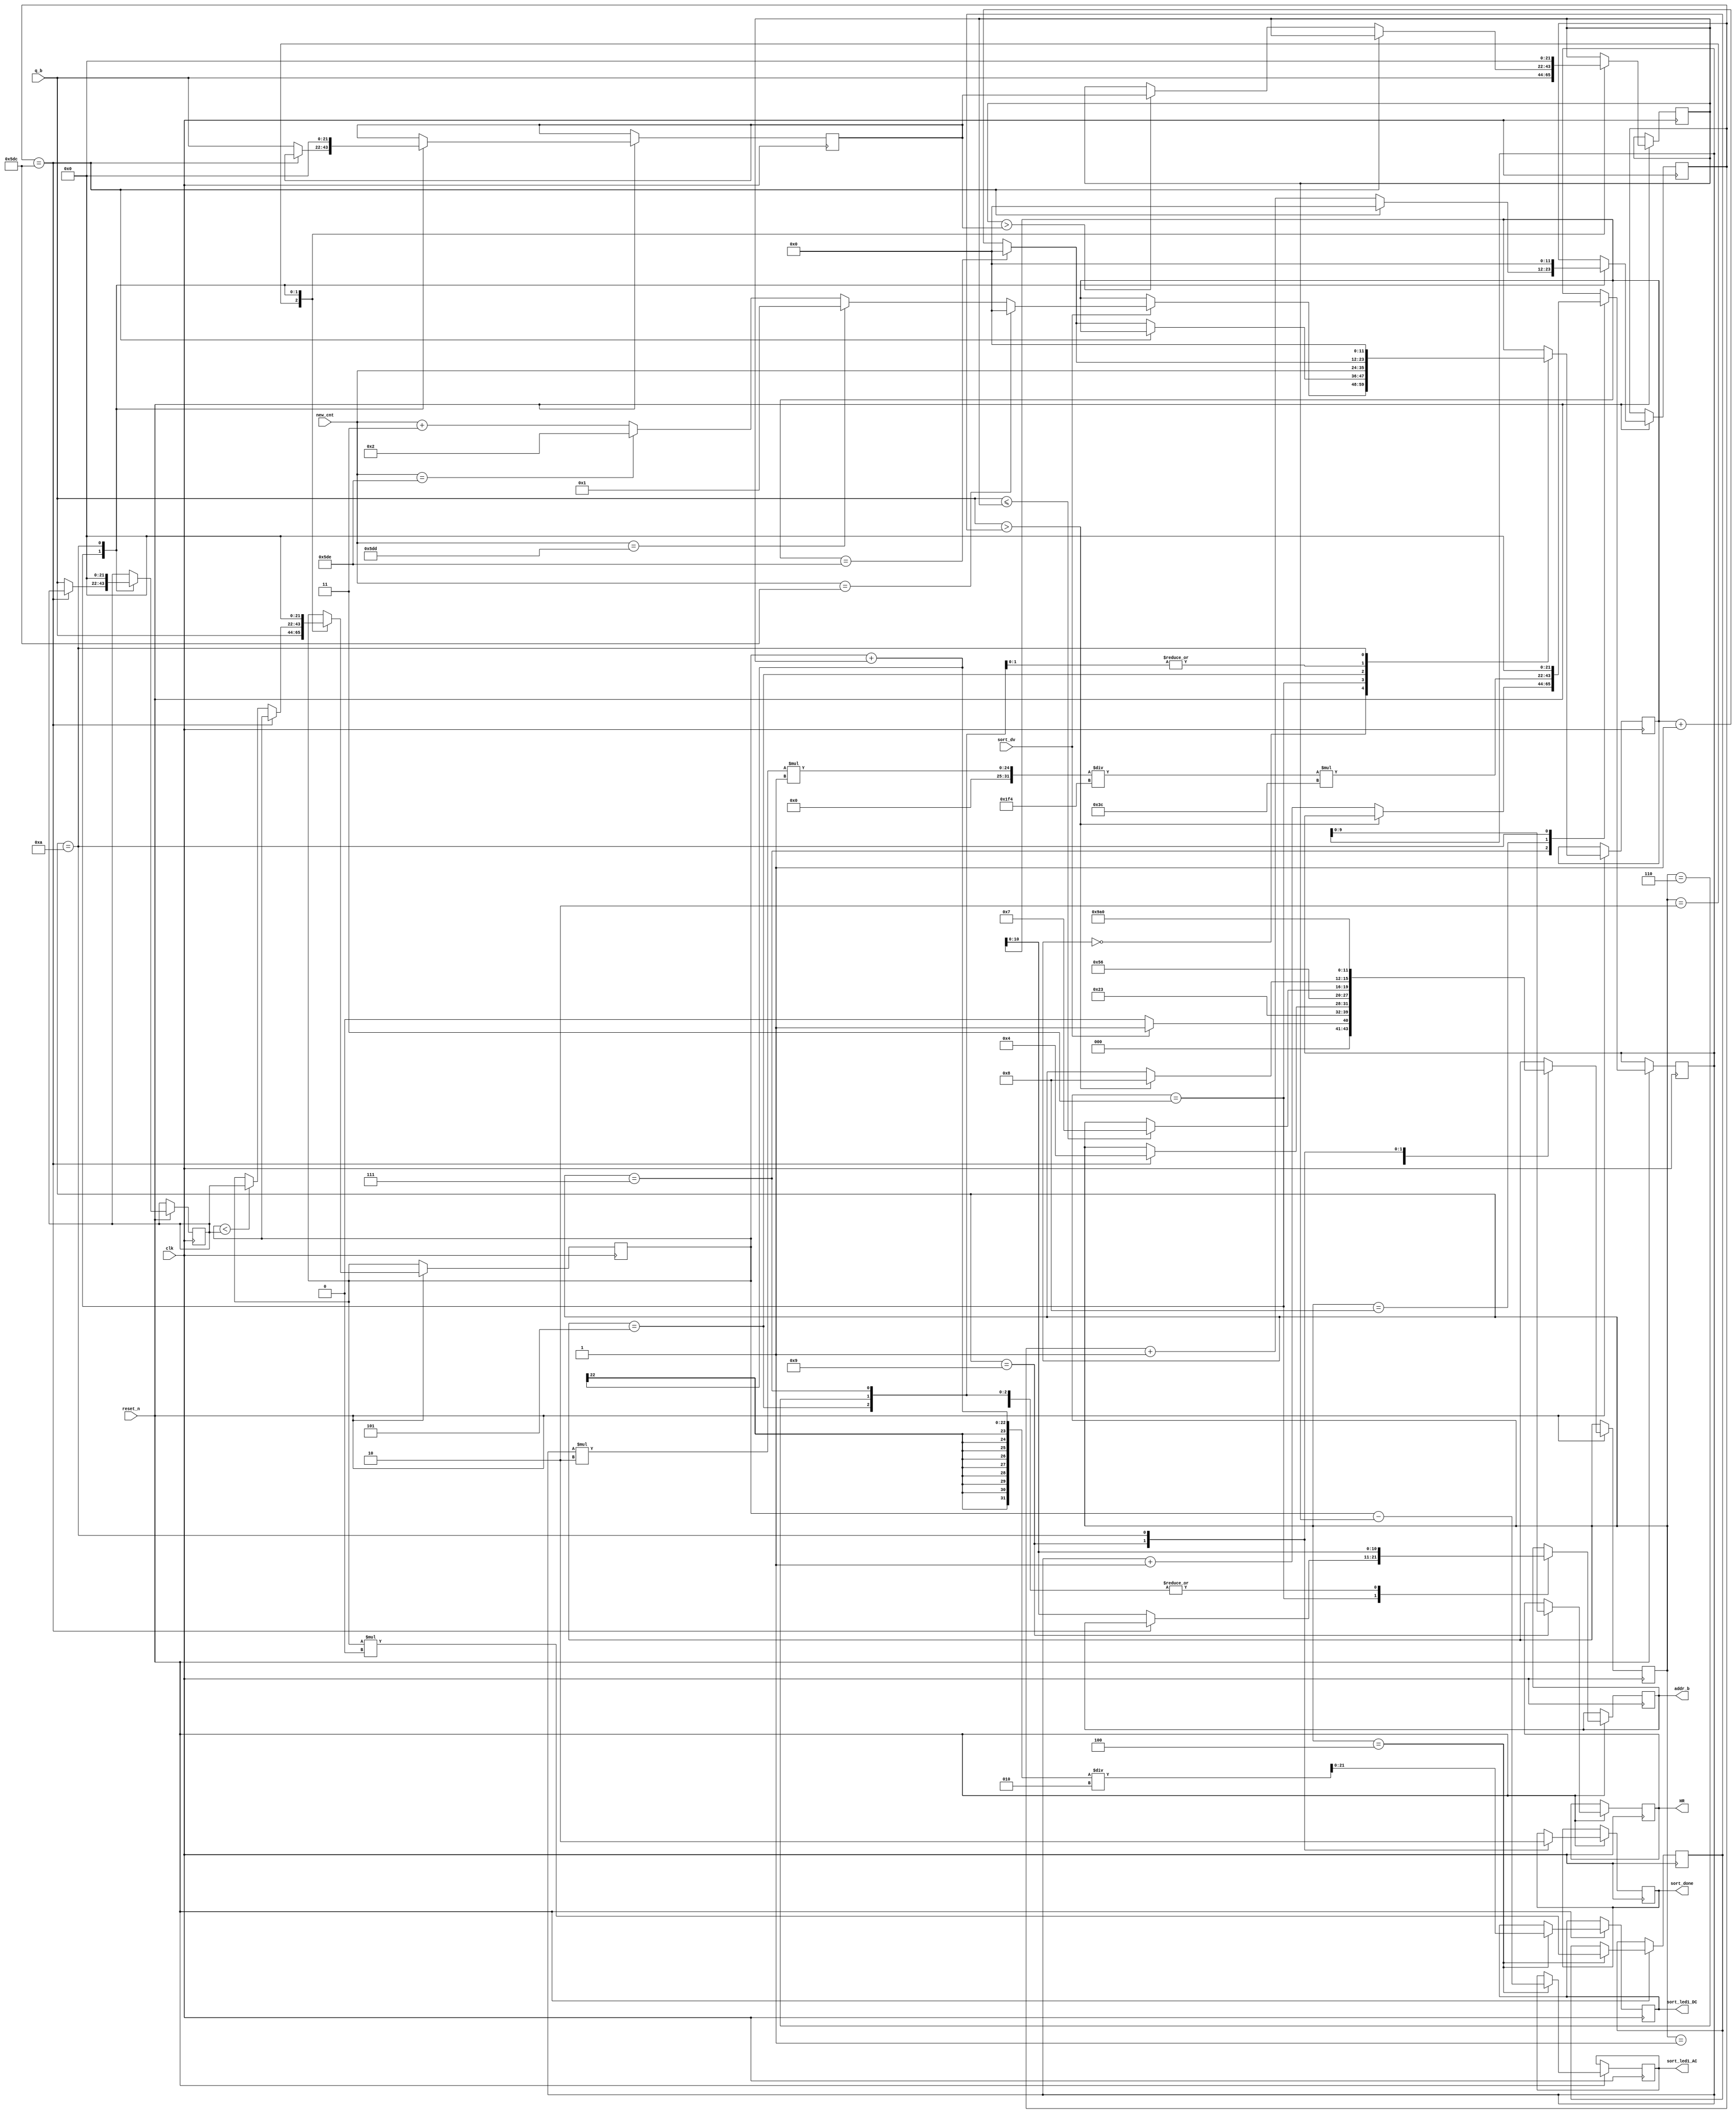
//if using HR with freq domain spo2, make sure HR is never reset throughout the state machine
module TD_SORT(
input clk,
input reset_n,
output reg [10:0] addr_b,
input signed [21:0] q_b,
input sort_dv,
input [11:0] new_cnt,
output reg [21:0] sort_led1_DC,
output reg [21:0] sort_led1_AC,
output reg sort_done,
output reg [9:0] HR
);

reg [3:0] state;
reg [11:0] counter;
reg [11:0] total_counter;
reg signed [21:0] peak0;
reg signed [21:0] peak1;
reg signed [21:0] trough0;
reg  signed [21:0] trough1;
reg signed [21:0] temp_peak;
reg [21:0] hr_counter;

always@(posedge clk)
	begin
		if(~reset_n)
			begin
				//reset regs
			end
		else 
		begin
					case(state)
					4'b0: //setup counter
						begin
						if(sort_dv)
						begin
						state <= 4'd1;
							if(new_cnt == 12'd1500)
								begin
									counter <= 0;
								end
							else if(new_cnt == 12'd1501)
								begin
									counter <= 1;
								end
							else if (new_cnt == 12'd1502)
								begin
									counter <= 2;
								end
								else begin
									counter <= new_cnt + 3;
								end
						end
						else begin
							state <= 4'd0;
							counter <= counter;
						end
						end
					4'd1: 
						begin
							addr_b <= counter;
							state <= 4'd2;
						end
					4'd2:
							begin
							peak0 <= q_b;
							trough0 <= q_b;
							addr_b <= addr_b;
							state <= 4'd3;
							end
					4'd3:
							begin
								if(total_counter == 12'd1500)
									begin
									total_counter <= 0;
									state <= 4'd4;
									end
								else begin
									total_counter <= total_counter + 1;
									state <= state;
									if(counter == 12'd1502)
									begin
										counter <= 0;
									end
								else begin
									counter <= counter + 1;
									end
								addr_b <= counter;
								peak1 <= q_b;
								trough1 <= q_b;
									if(peak0 < peak1)
										begin
										peak0 <= peak1;	
										end	
									else begin
										peak0 <= peak0;
									end
									if(trough0 > trough1)
									begin
										trough0 <= trough1;
									end
									else begin
										trough0 <= trough0;
									end
								end
							end
					4'd4:
							begin //compute peak and trough
								peak1 <= peak1;
								trough1 <= trough1;
								peak0 <= peak0;
								trough0 <= trough0;
								sort_led1_AC <= peak0 - trough0;
								sort_led1_DC <= ((peak0 + trough0) / 2);
								temp_peak <= peak0 * (9/10);
								state <= 4'd5;
							end
					4'd5:	 //find HR
						begin
							counter <= new_cnt;
							addr_b <= counter;
							state <= 4'd6;
						end
					4'd6:
						begin
							if(counter == 12'd1502)
								counter <= 0;
							else begin
									counter <= counter + 1;
								end	
						addr_b <= counter;
						if(q_b <= trough0)
							begin
								state <= 4'd7;
							end
							else begin
								state <= state;
							end
						end
					4'd7:
						begin
							addr_b <= counter;
							if(counter == 12'd1502)
								counter <= 0;
							else begin
									counter <= counter + 1;
								end	
							if(q_b > temp_peak)
							begin
								state <=4'd8;
								hr_counter <= hr_counter;
							end
							else begin
								state <=state;
								hr_counter <= hr_counter + 1;
							end
						end
					4'd8:
						begin
							hr_counter <= hr_counter * 2 * 1/500 * 60;
							state <= 4'd9;
						end
					4'd9:
						begin
							HR <= hr_counter;
							state <= 4'd10;
							sort_done <= 1;
						end
					4'd10:
						begin
							sort_done <= 0;
							state <= 0;
							hr_counter <= 0;
							counter <= 0;
							total_counter <= 0;
							peak0 <= 0;
							peak1 <= 0;
							trough0 <= 0;
							trough1 <= 0;
							HR <= HR;
						end
					endcase
				end
		end


endmodule